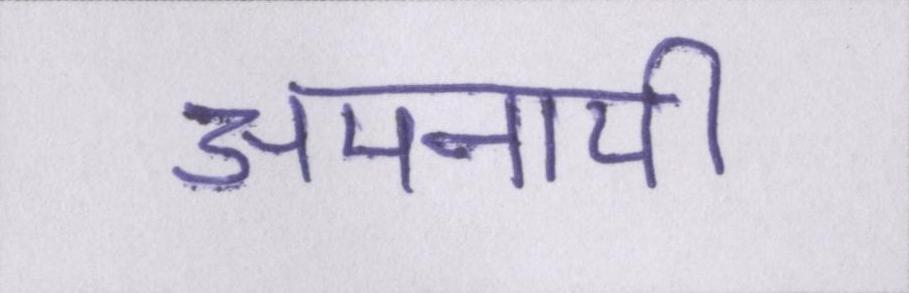
अपनायी